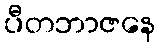
ပီတဘာဇနေ